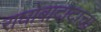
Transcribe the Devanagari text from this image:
राघोबादादाचा